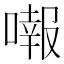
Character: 𠾷